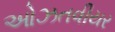
ઓઝતવીયર